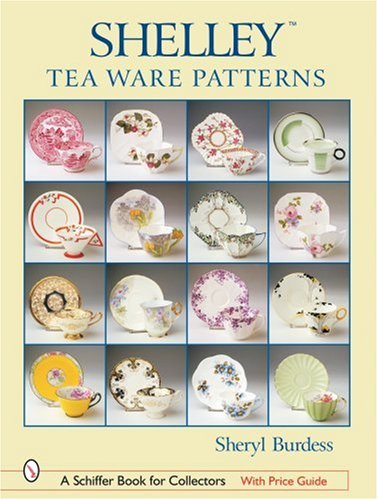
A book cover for Shelley*tm Tea Ware Patterns (Schiffer Book for Collectors); Sheryl Burdess; Arts & Photography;